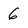
Character: 6